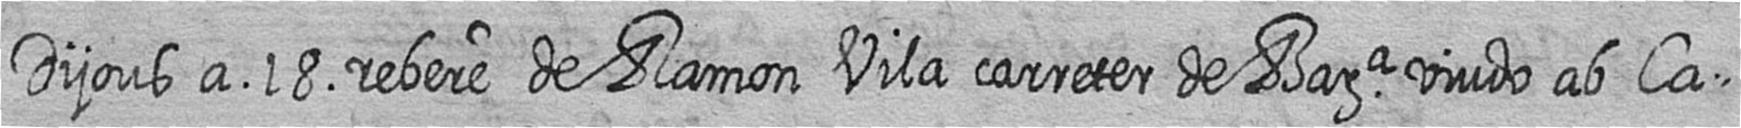
Dijous a 18 rebere de Ramon Vila carreter de Bara viudo ab Ca=